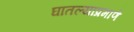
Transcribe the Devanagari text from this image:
घातल्याप्रमाणे